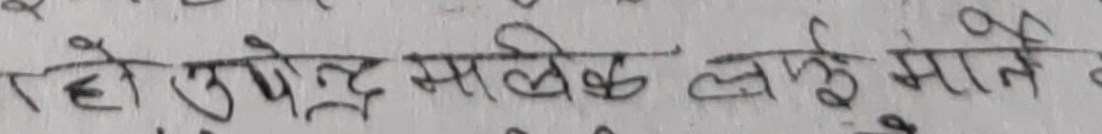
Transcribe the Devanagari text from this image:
रहे उपेन्द्र सलेख लाई मानें